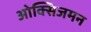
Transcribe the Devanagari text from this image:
ओक्सिजमन